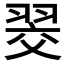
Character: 𮋂